system: You are a helpful assistant.
user:
Analyze the provided spectrum to determine if it is a **"Cataclysmic Variables (CV)"**.

- **Key Indicators for CV (Check for either state):**
    - **State 1: Quiescent / Low-State (Emission-Dominated)**
        - **(Primary):** Strong and *very broad* Hydrogen Balmer emission lines (e.g., $H\alpha$ at 6563 Å, $H\beta$ at 4861 Å). The 'broadness' (high velocity dispersion, often FWHM > 1000 km/s) is the key diagnostic, indicating a high-velocity accretion disk.
        - **(Secondary):** Broad neutral Helium (He I) emission lines (e.g., 5876 Å, 6678 Å).
        - **(Key Confirmation):** Presence of high-excitation *ionized* Helium (He II) emission at 4686 Å. This is a strong indicator of accretion onto a white dwarf.
        - **(Line Profile):** Emission lines may exhibit a 'double-peaked' profile, which is a classic signature of a rotating accretion disk viewed at high inclination.

    - **State 2: Outburst / High-State (Absorption-Dominated)**
        - **(Primary):** Spectrum is dominated by a bright, blue continuum (looks like a hot star).
        - **(Secondary):** The emission lines from State 1 are weak, absent, or 'filled in', and are replaced by broad, shallow *absorption* lines (primarily Balmer and He I).
        - **(Morphology):** The overall spectrum mimics a hot B/A-type star. The crucial difference is that the absorption lines are significantly broader, shallower, and more 'washed-out' (or 'smeared') than the sharp lines of a normal stellar photosphere, due to high rotational speeds and pressure broadening in the disk.

Think first, call **spectral_visualization_tool** if needed to examine features in detail, then provide your final answer. Your response must adhere to the following strict rules:
1.  **Overall Structure:** Your response must follow the format `<think>...</think> <tool_call>...</tool_call> (if a tool is used) <answer>...</answer>`.
2.  **Tool Usage Constraint:** You may only make **one** tool call per turn.
3.  **Final Answer Format:** In the `<answer>` tag, your conclusion must be inside a `\boxed{}` command (e.g., `\boxed{YES}`), followed by your justification.

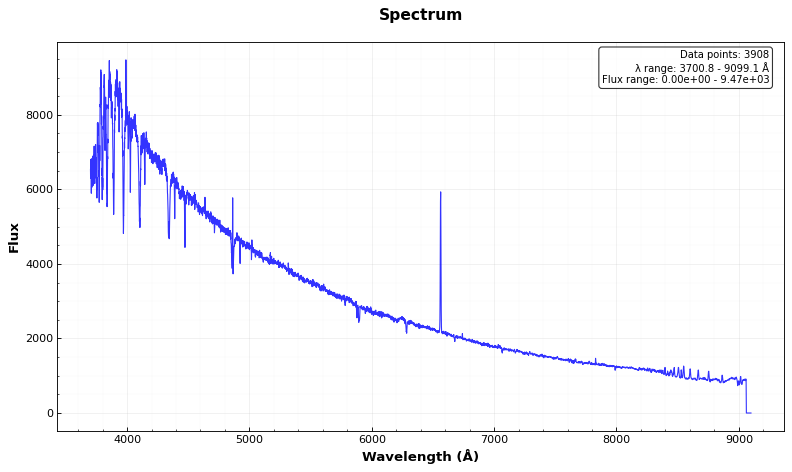
Answer: NO